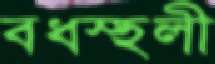
বধস্হলী